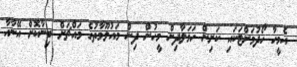
އެމީހާ ހޯދުމަށްޓަކައި ކަށިން ހަމަލާދިން މީހުން ދިން މައުލޫމާތުގެ މައްޗަށް ބިނާކޮށް އޭނާއާ